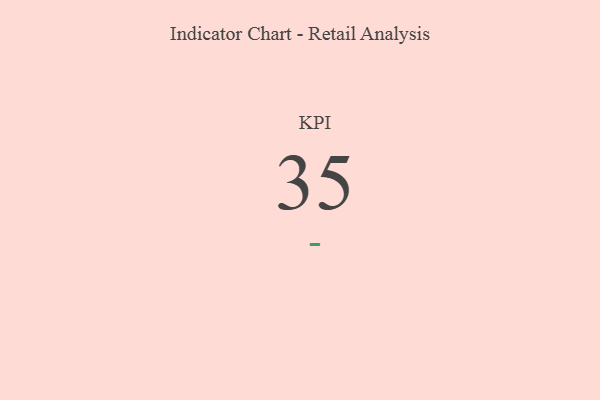
{"axis": {"x": "KPI", "y": "Value"}, "legend": [""], "data": [{"x": "KPI", "y": 35, "type": ""}]}